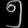
Digit: ၅